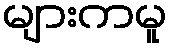
များကမူ